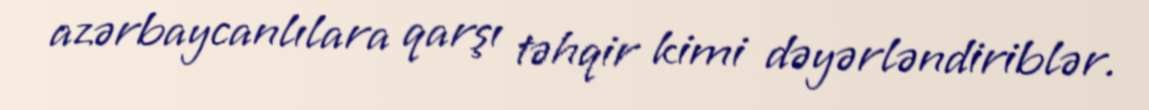
azərbaycanlılara qarşı təhqir kimi dəyərləndiriblər.